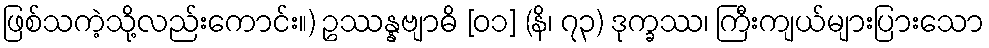
ဖြစ်သကဲ့သို့လည်းကောင်း။) ဥဿန္နဗျာဓိ [၀၁] (နိ၊ ၇၃) ဒုက္ခဿ၊ ကြီးကျယ်များပြားသော